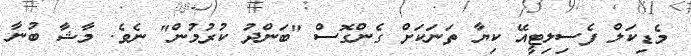
މެޑިކަލް ފެސިލިޓީއޭ ކިިޔާ ތަނަކަށް ގެންގޮސް "ބަންދު ކުރުމުން" ނެވެ. މާޝާ ބުނާ